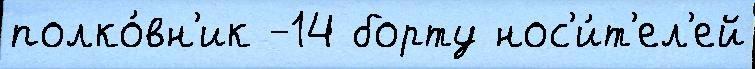
полко́вн'ик -14 борту нос'и́т'ел'ей